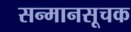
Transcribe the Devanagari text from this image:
सन्मानसूचक